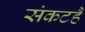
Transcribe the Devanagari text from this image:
संकटहै